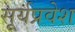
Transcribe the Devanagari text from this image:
सूर्यप्रवेश